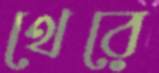
থেরে